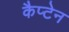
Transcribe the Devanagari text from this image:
कैप्‍टेन